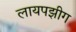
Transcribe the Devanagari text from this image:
लायपझीग